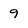
Character: 9